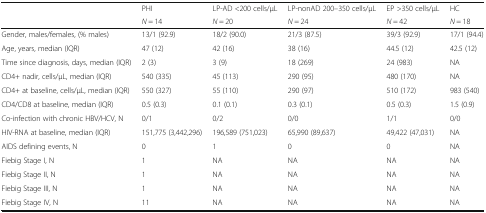
| <ROWSPAN=2>  | PHI | LP-AD <200 cells/μL | LP-nonAD 200–350 cells/μL | EP >350 cells/μL | HC |
 | N = 14 | N = 20 | N = 24 | N = 42 | N = 18 |
 | --- | --- | --- | --- | --- | --- |
 | Gender, males/females, (% males) | 13/1 (92.9) | 18/2 (90.0) | 21/3 (87.5) | 39/3 (92.9) | 17/1 (94.4) |
 | Age, years, median (IQR) | 47 (12) | 42 (16) | 38 (16) | 44.5 (12) | 42.5 (12) |
 | Time since diagnosis, days, median (IQR) | 2 (3) | 3 (9) | 18 (269) | 24 (983) | NA |
 | CD4+ nadir, cells/μL, median (IQR) | 540 (335) | 45 (113) | 290 (95) | 480 (170) | NA |
 | CD4+ at baseline, cells/μL, median (IQR) | 550 (327) | 55 (110) | 290 (97) | 510 (172) | 983 (540) |
 | CD4/CD8 at baseline, median (IQR) | 0.5 (0.3) | 0.1 (0.1) | 0.3 (0.1) | 0.5 (0.3) | 1.5 (0.9) |
 | Co-infection with chronic HBV/HCV, N | 0/1 | 0/2 | 0/0 | 1/1 | 0/0 |
 | HIV-RNA at baseline, median (IQR) | 151,775 (3,442,296) | 196,589 (751,023) | 65,990 (89,637) | 49,422 (47,031) | NA |
 | AIDS defining events, N | 0 | 1 | 0 | 0 | NA |
 | Fiebig Stage I, N | 1 | NA | NA | NA | NA |
 | Fiebig Stage II, N | 1 | NA | NA | NA | NA |
 | Fiebig Stage III, N | 1 | NA | NA | NA | NA |
 | Fiebig Stage IV, N | 11 | NA | NA | NA | NA |